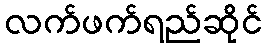
လက်ဖက်ရည်ဆိုင်